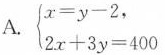
A. $$\begin{cases}